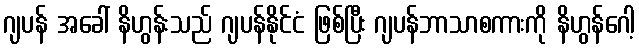
ဂျပန် အခေါ် နိဟွန်းသည် ဂျပန်နိုင်ငံ ဖြစ်ပြီး ဂျပန်ဘာသာစကားကို နိဟွန်ဂေါ့